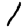
Digit: 1